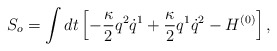
\begin{align*}S_o = \int dt \left[ - \frac{\kappa}{2} q^2 \dot{q}^1 + \frac{\kappa}{2} q^1 \dot{q}^2 - H^{(0)} \right],\end{align*}